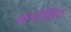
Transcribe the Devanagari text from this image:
कंपोझिट